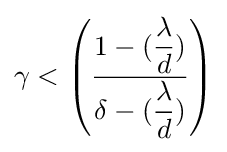
\gamma <\left({\dfrac {1-({\dfrac {\lambda }{d}})}{\delta -({\dfrac {\lambda }{d}})}}\right)